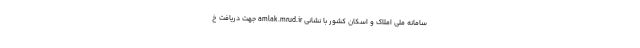
سامانه ملی املاک و اسکان کشور با نشانی amlak.mrud.ir جهت دریافت خ